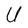
Character: U